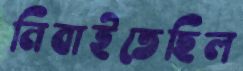
নিবাইতেছিল